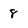
Character: 8